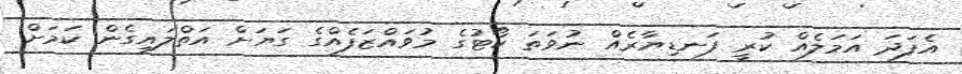
އެފަދަ އަމަލެއް ކުރީ ފަނޑިޔާރެއް ނުވަތަ ކޯޓުގެ މުވައްޒަފެއްގެ ގަޔަށް އަތްލައިގެން ކަމަށް